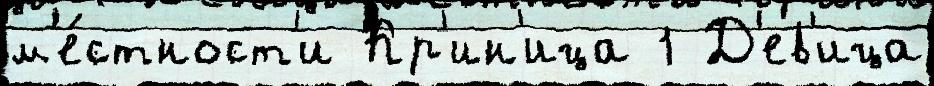
м'е́стност'и Кр'ин'ица 1 Д'ев'ица